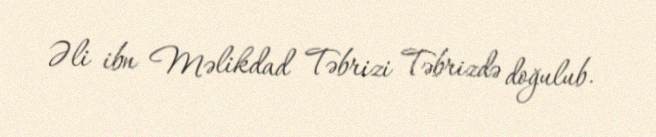
Əli ibn Məlikdad Təbrizi Təbrizdə doğulub.